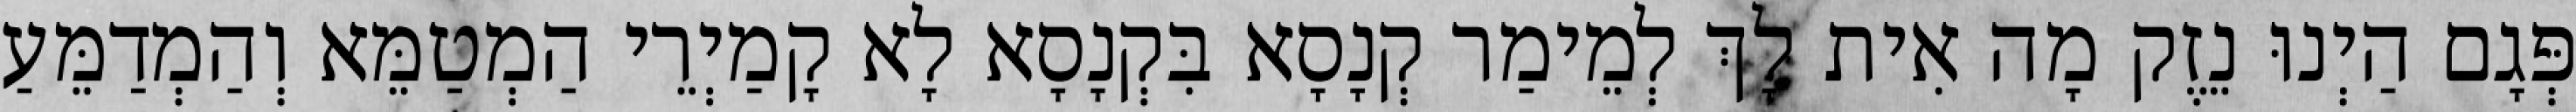
פְּגָם הַיְנוּ נֵזֶק מָה אִית לָךְ לְמֵימַר קְנָסָא בִּקְנָסָא לָא קָמַיְרֵי הַמְטַמֵּא וְהַמְדַמֵּעַ